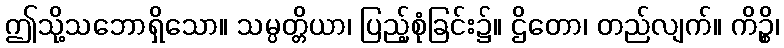
ဤသို့သဘောရှိသော။ သမ္ပတ္တိယာ၊ ပြည့်စုံခြင်း၌။ ဌိတော၊ တည်လျက်။ ကိဉ္စိ၊